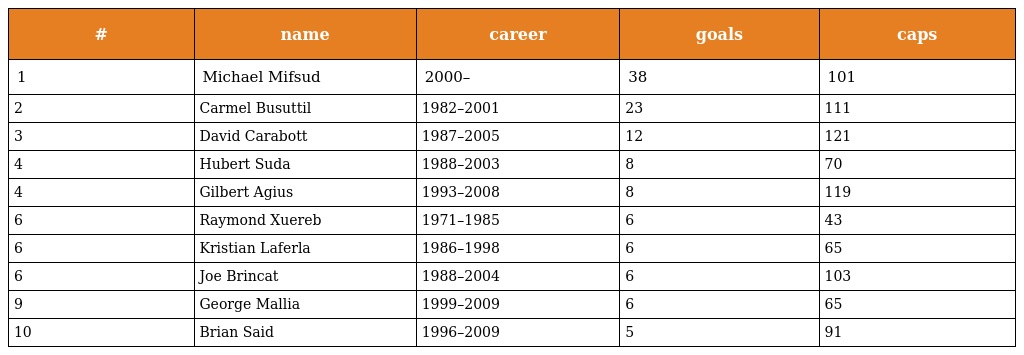
| # | name | career | goals | caps |
 | --- | --- | --- | --- | --- |
 | 1 | Michael Mifsud | 2000– | 38 | 101 |
 | 2 | Carmel Busuttil | 1982–2001 | 23 | 111 |
 | 3 | David Carabott | 1987–2005 | 12 | 121 |
 | 4 | Hubert Suda | 1988–2003 | 8 | 70 |
 | 4 | Gilbert Agius | 1993–2008 | 8 | 119 |
 | 6 | Raymond Xuereb | 1971–1985 | 6 | 43 |
 | 6 | Kristian Laferla | 1986–1998 | 6 | 65 |
 | 6 | Joe Brincat | 1988–2004 | 6 | 103 |
 | 9 | George Mallia | 1999–2009 | 6 | 65 |
 | 10 | Brian Said | 1996–2009 | 5 | 91 |